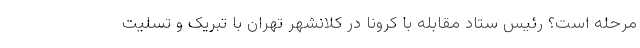
مرحله است؟ رئیس ستاد مقابله با کرونا در کلانشهر تهران با تبریک و تسلیت